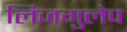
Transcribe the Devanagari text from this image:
लिजगुलेप